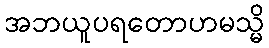
အဘယူပရတောဟမသ္မိ